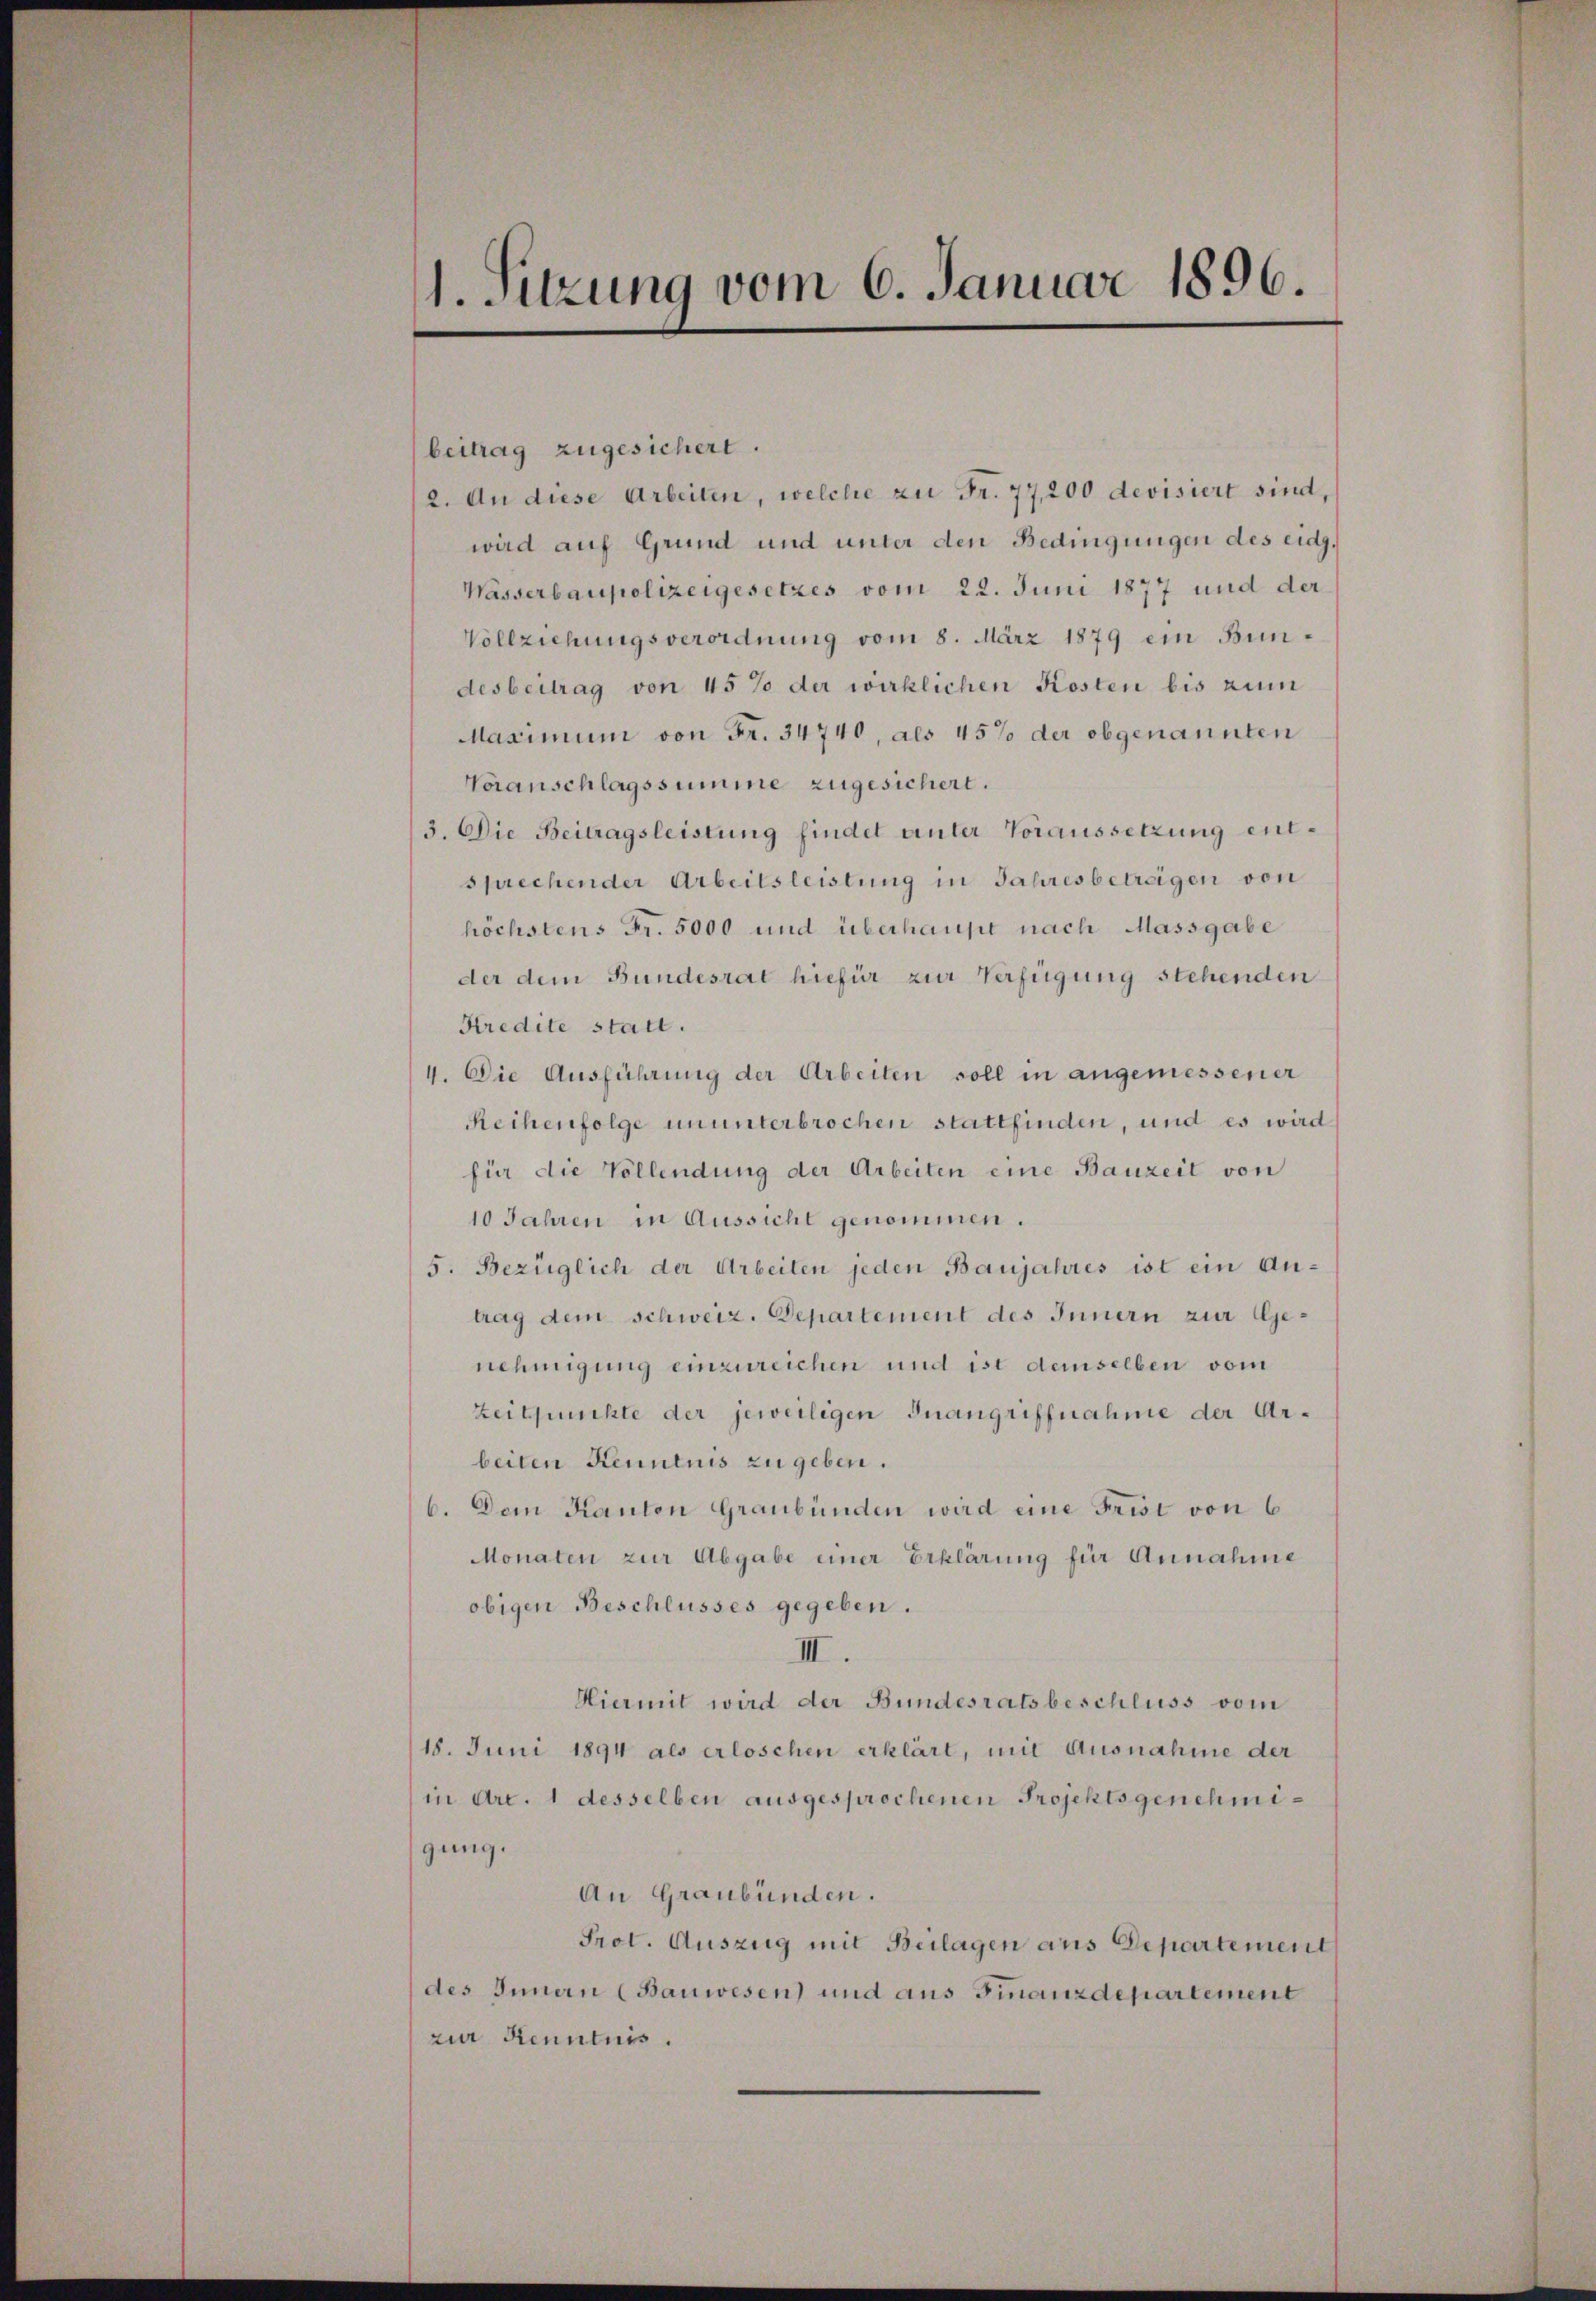
1. Sitzung vom 6. Januar 1896.

beitrag zugesichert.
2. An diese Arbeiten, welche zu Fr. 77,200 devisiert sind,
wird auf Grund und unter den Bedingungen des eidg.
Wasserbaupolizeigesetzes vom 22. Juni 1877 und der
Vollziehungsverordnung vom 8. März 1879 ein Bundesbeitrag von 45 % der wirklichen Kosten bis zum
Maximum von Fr. 34740, als 45% der obgenannten
Veranschlagssumme zugesichert.
3. Die Beitragsleistung findet unter Voraussetzung entsprechender Arbeitsleistung in Jahresbetragen von
höchstens Fr. 5000 und überhaupt nach Massgabe
der dem Bundesrat hiefür zur Verfügung stehenden
Kredite statt.
4. Die Ausführung der Arbeiten soll in angemessener
Reihenfolge ununterbrochen stattfinden, und es wird
für die Vollendung der Arbeiten eine Bauzeit von
10 Jahren in Aussicht genommen.
5. Bezüglich der Arbeiten jeden Banjahres ist ein Antrag dem schweiz. Departement des Innern zur Genehmigung einzureichen und ist demselben vom
Zeitpunkte der jeweiligen Inangriffnahme der Arbeiten Kenntnis zu geben.
b. Dem Kanton Graubünden wird eine Frist von 6
Monaten zur Abgabe einer Erklärung für Annahme
obigen Beschlusses gegeben.
III.
Hiermit wird der Bundesratsbeschluss vom
18. Juni 1894 als erloschen erklärt, mit Ausnahme der
in Art. 1 desselben ausgesprochenen Projekts genehmigung.
An Graubünden.
Prot. Auszug mit Beilagen aus Departement
des Innern (Bauwesen) und aus Finanzdepartement
zur Kenntnis.